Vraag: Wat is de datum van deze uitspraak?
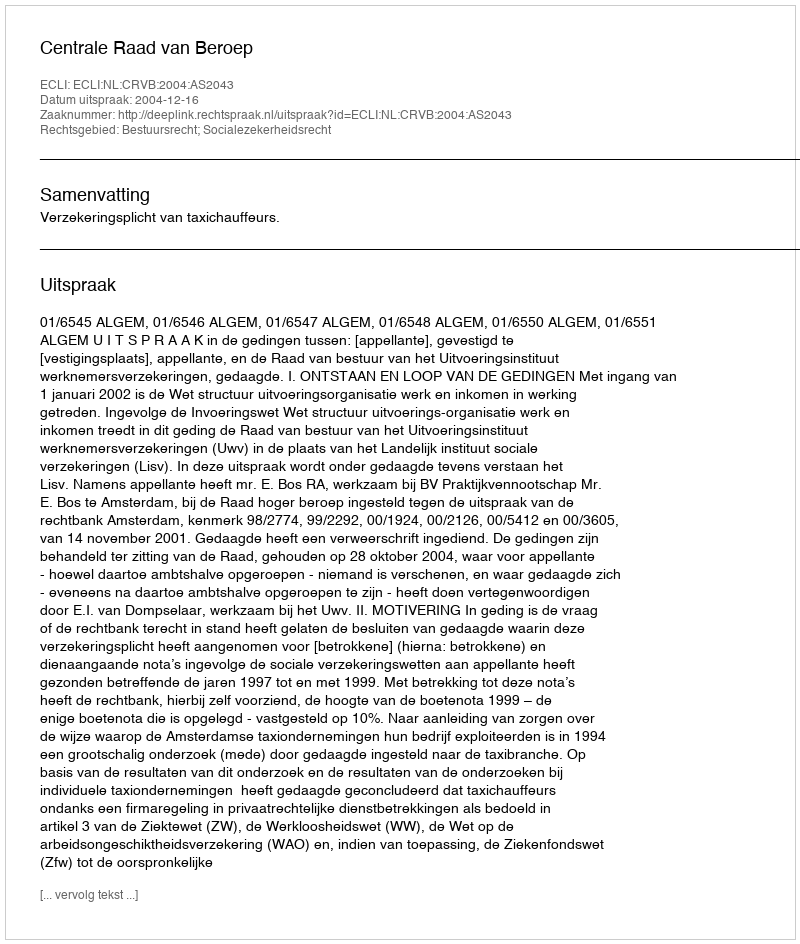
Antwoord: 2004-12-16